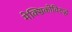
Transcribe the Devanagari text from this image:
मेक्सिकोविरुद्ध